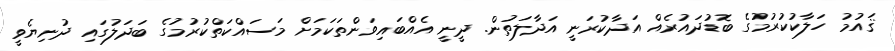
ޤައުމު ހަލާކުކުރުމުގެ ބޮޑުދައުރެއް އަދާކުރަނީ އަދާލަތުން. ދީނީ އެއްބައިވަންތަކަމަށް މަސައްކަތްކުރުމުގެ ބަދަލުގައި ދުނިޔެވީ